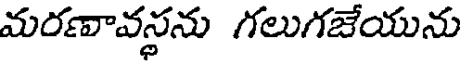
మరణావస్థను గలుగజేయును